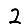
Digit: 2